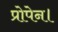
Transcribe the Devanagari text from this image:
प्रोपेन।